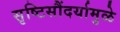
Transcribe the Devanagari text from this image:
सृष्टिसौंदर्यामुळे